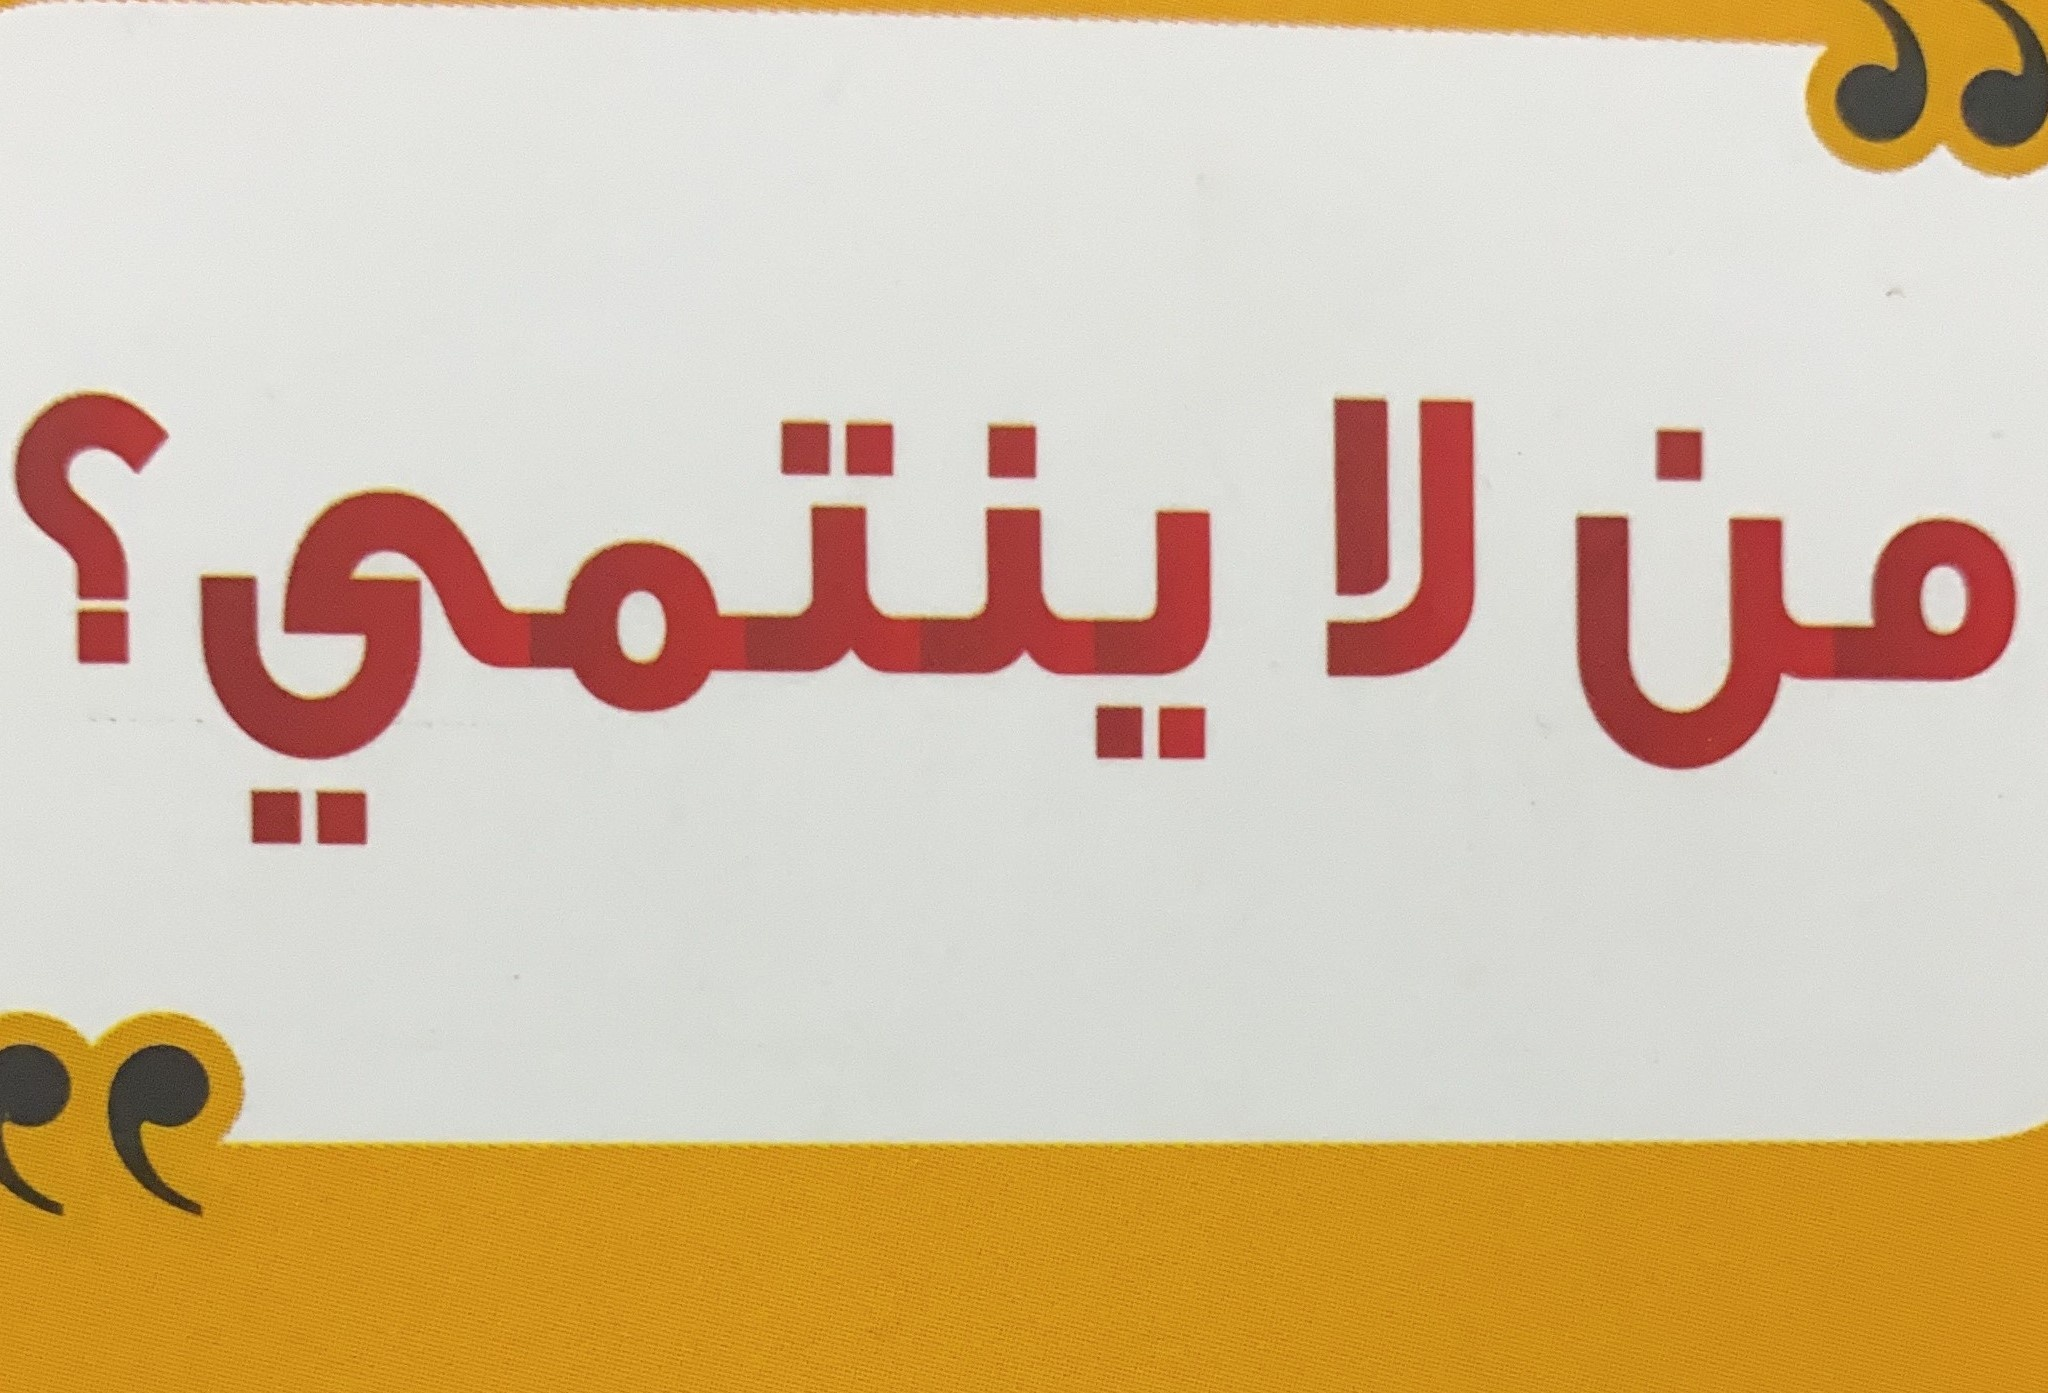
Text in image: لا ؟ من ينتمي